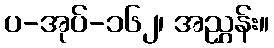
ပ-အုပ်-၁၆၂၊ အညွှန်း။